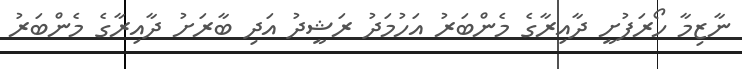
ނާޒިމާ ހޯރަފުށީ ދާއިރާގެ މެންބަރު އަހުމަދު ރަޝީދު އަދި ބާރަށު ދާއިރާގެ މެންބަރު